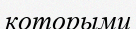
которыми